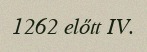
1262 előtt IV.